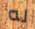
له